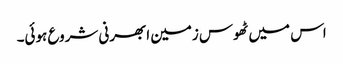
اس میں ٹھوس زمین ابھرنی شروع ہوئی۔